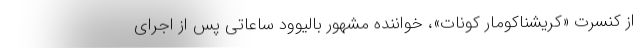
از کنسرت «کریشناکومار کونات»، خواننده مشهور بالیوود ساعاتی پس از اجرای